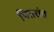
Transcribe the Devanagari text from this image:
पितरांत